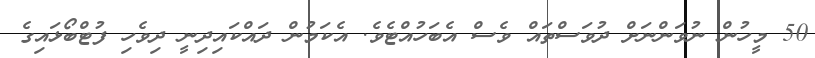
50 މީހުން ނުވަންނަށް ދުވަސްތައް ވެސް އެބަހުއްޓެވެ. އެކަމުން ދައްކައިދިނީ ދިވެހި ފުޓްބޯޅައިގެ